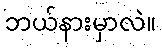
ဘယ်နားမှာလဲ။